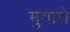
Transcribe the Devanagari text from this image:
मुगाचे